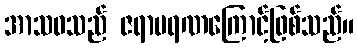
အာသဝသည် ဇရာမရဏကြောင့်ဖြစ်သည်။